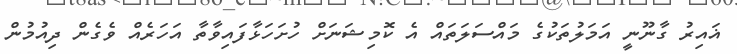
ޣައިރު ގާނޫނީ އަމަލުތަކުގެ މައްސަލަތައް އެ ކޮމިޝަނަށް ހުށަހަޅާފައިވާތާ އަހަރެއް ވެގެން ދިއުމުން